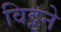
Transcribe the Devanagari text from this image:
विट्टने